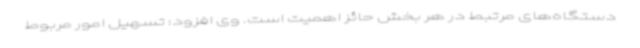
دستگاه‌های مرتبط در هر بخش حائز اهمیت است. وی افزود: تسهیل امور مربوط